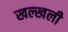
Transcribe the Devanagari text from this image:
खल्खली